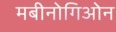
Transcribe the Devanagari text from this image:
मबीनोगिओन